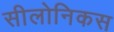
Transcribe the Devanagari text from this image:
सीलोनिकस